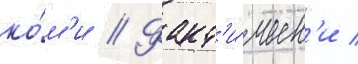
ко́м'и // Факт'и́ческ'и /